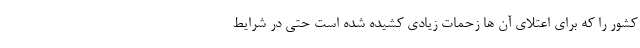
کشور را که برای اعتلای آن ها زحمات زیادی کشیده شده است حتی در شرایط